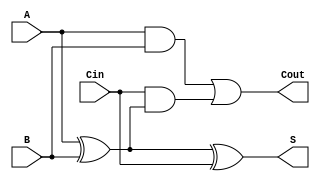
module TG_Full_Adder (
    input wire A,     // First input bit
    input wire B,     // Second input bit
    input wire Cin,   // Carry-in bit
    output wire S,    // Sum output
    output wire Cout   // Carry-out output
);

    wire AxorB;       // Intermediate signal for A XOR B
    wire AandB;       // Intermediate signal for A AND B
    wire Cin_and_AxorB; // Intermediate signal for Cin AND (A XOR B)

    // Transmission Gate for A XOR B
    assign AxorB = (A ^ B); // XOR operation using logic

    // Carry-out calculation: Cout = (A AND B) OR (Cin AND (A XOR B))
    assign AandB = A & B; // A AND B
    assign Cin_and_AxorB = Cin & AxorB; // Cin AND (A XOR B)

    // Final Carry-out using OR gate
    assign Cout = AandB | Cin_and_AxorB; // Cout = (A AND B) OR (Cin AND (A XOR B))

    // Sum Calculation: S = A XOR B XOR Cin
    assign S = AxorB ^ Cin; // Final Sum output

endmodule